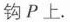
钩P上.